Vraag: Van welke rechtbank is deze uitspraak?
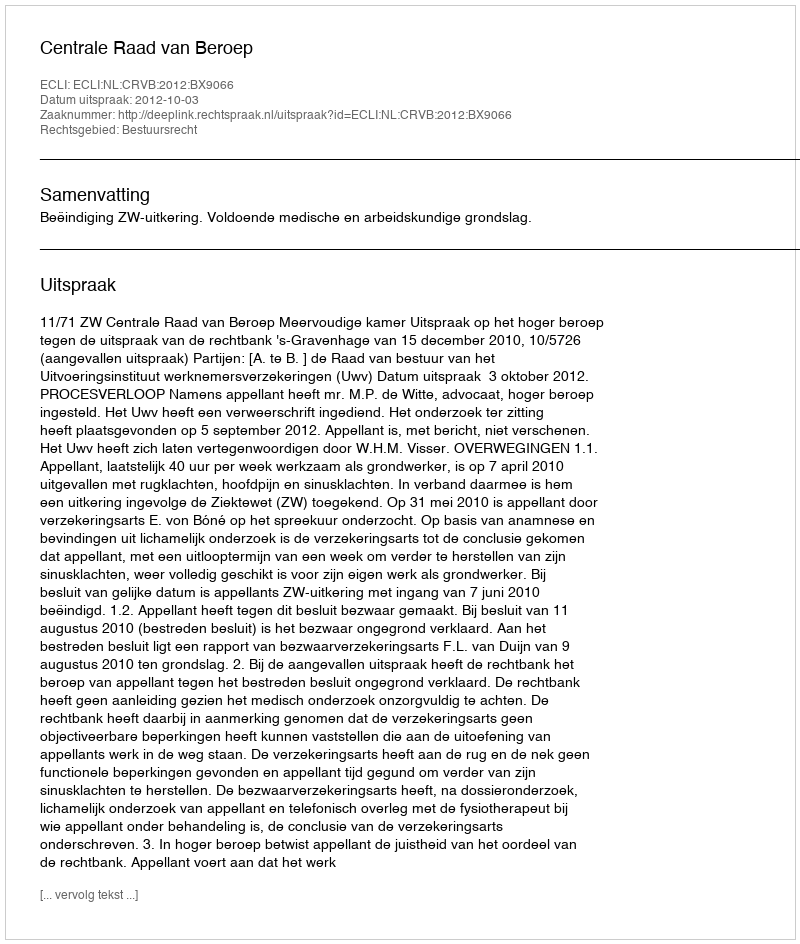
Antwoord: Centrale Raad van Beroep